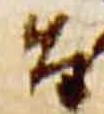
旨